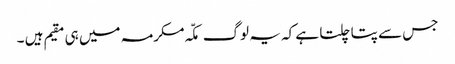
جس سے پتا چلتا ہے کہ یہ لوگ مکّہ مکرمہ میں ہی مقیم ہیں ۔